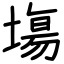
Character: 塲